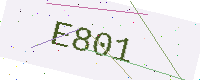
Text: E801